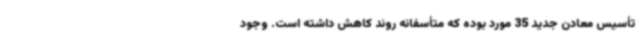
تأسیس معادن جدید 35 مورد بوده که متأسفانه روند کاهش داشته است. وجود